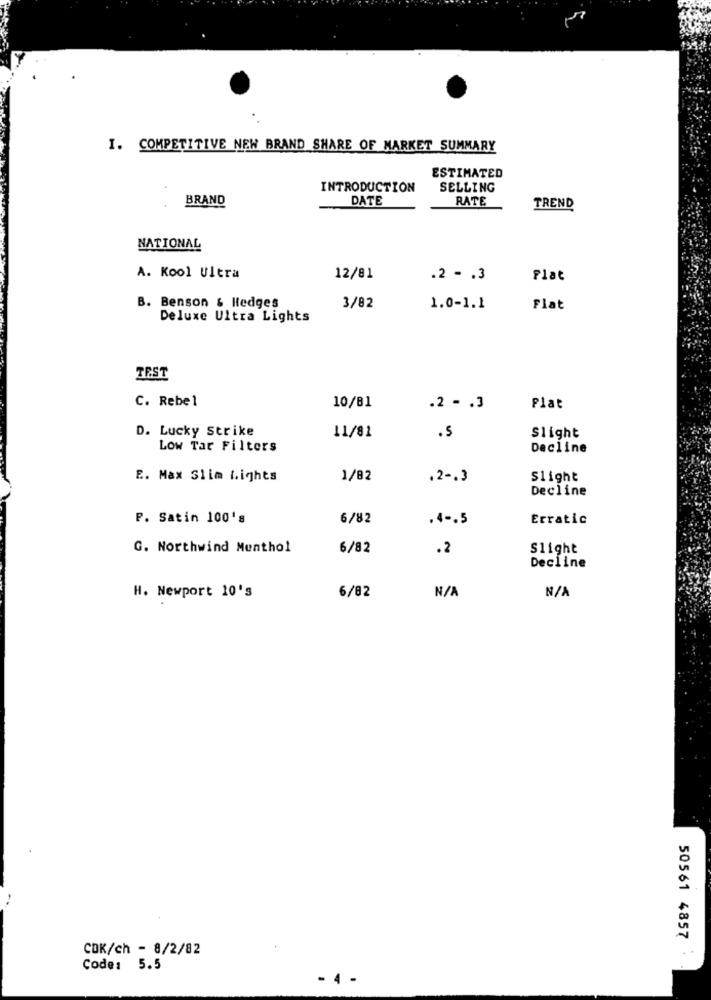
I. COMPETITIVE NEW BRAND SHARE OF MARKET SUMMARY
ESTIMATED
INTRODUCTION
SELLING
BRAND
DATE
RATE
TREND
NATIONAL
A. Kool Ultra
12/81
.2 - . 3
Flat
B. Benson & Hedges
3/82
1.0-1.1
Flat
Deluxe Ultra Lights
TEST
C. Rebel
10/81
.2 - . 3
Plat
D. Lucky Strike
11/81
.5
Slight
Low Tar Filters
Decline
E. Max Slim Lights
1/82
.2 -. 3
Slight
Decline
P. Satin 100's
6/82
.4 -. 5
Erratic
G. Northwind Menthol
6/82
.2
Slight
Decline
H. Newport 10's
6/82
50561 4857
CDK/ch - 8/2/82
Code: 5.5
- 4